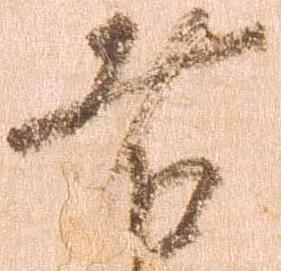
者